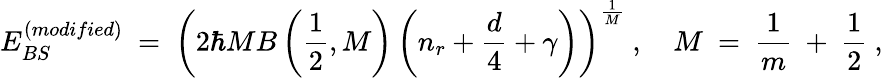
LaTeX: E_{BS}^{(modified)}\ =\ \left(2\hbar MB\left(\frac{1}{2},M\right)\left(n_{r}+\frac{d}{4}+\gamma\right)\right)^{\frac{1}{M}}\ ,\quad M\ =\ \frac{1}{m}\ +\ \frac{1}{2}\ ,